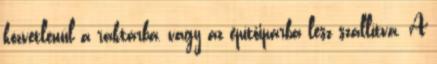
közvetlenül a raktárba, vagy az építőiparba lesz szállítva. A